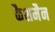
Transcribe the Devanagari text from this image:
कैशमैन